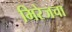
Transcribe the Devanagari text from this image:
मिरेजचा